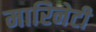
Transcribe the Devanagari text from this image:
मारिनेटी